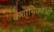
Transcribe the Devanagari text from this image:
कशाभिकाओं